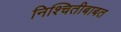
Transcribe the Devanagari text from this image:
निश्चितीबाबत